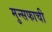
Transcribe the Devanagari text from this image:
मुन्सफाची